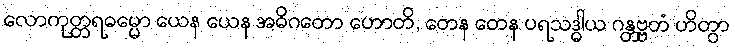
လောကုတ္တရဓမ္မော ယေန ယေန အဓိဂတော ဟောတိ, တေန တေန ပရသဒ္ဓါယ ဂန္တဗ္ဗတံ ဟိတွာ